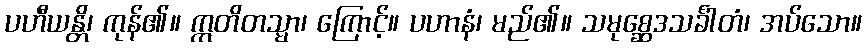
ပဟီယန္တိ၊ ကုန်၏။ ဣတိတသ္မာ၊ ကြောင့်။ ပဟာနံ၊ မည်၏။ သမုစ္ဆေဒသင်္ခါတံ၊ အပ်သော။